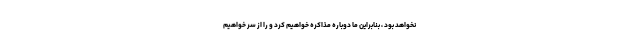
نخواهد بود ، بنابراین ما دوباره مذاکره خواهیم کرد و را از سر خواهیم